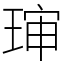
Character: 㻘